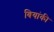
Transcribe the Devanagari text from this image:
बियांकी